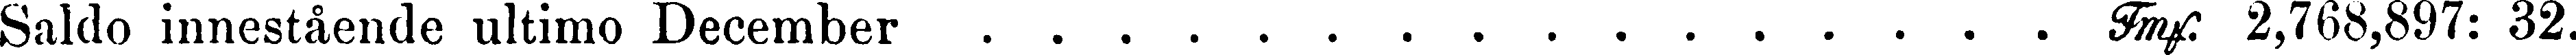
Saldo innestående ultimo December Tmf. 2,768,897: 32.